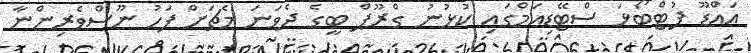
އައްޑޫ ފުޓްބޯޅަ ސްޓޭޑިއަމްގައި ކުޅުނު ގްރޫޕް ބީގެ ދެވަނަ މެޗަށް ފަހު ނޫސްވެރިންނާ